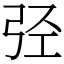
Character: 弪